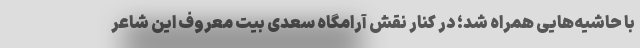
با حاشیه‌هایی همراه شد؛ در کنار نقش آرامگاه سعدی بیت معروف این شاعر